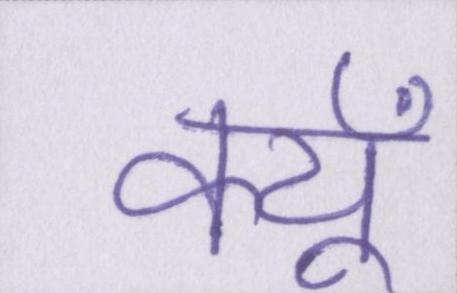
क्यूँ